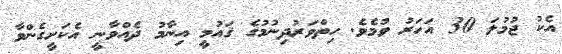
އެކު ޖުމުލަ 30 އަހަރު ވުމެވެ. ހިތްވަރުދިނުމުގެ ޤައުމީ އިނާމު ދެއްވާނީ އެކަށީގެންވާ